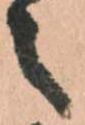
之